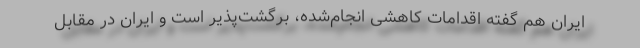
ایران هم گفته اقدامات کاهشی انجام‌شده، برگشت‌پذیر است و ایران در مقابل